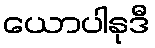
ယောပါနုဒီ